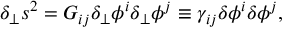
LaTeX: \delta _ { \perp } s ^ { 2 } = G _ { i j } \delta _ { \perp } \phi ^ { i } \delta _ { \perp } \phi ^ { j } \equiv \gamma _ { i j } \delta \phi ^ { i } \delta \phi ^ { j } ,